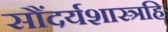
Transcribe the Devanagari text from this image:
सौंदर्यशास्त्रहि